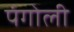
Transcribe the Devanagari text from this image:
पंगोली